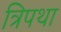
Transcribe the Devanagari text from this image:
त्रिपथा